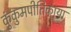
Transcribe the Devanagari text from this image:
कुंकुमपीतिकाया